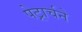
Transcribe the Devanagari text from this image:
पेट्रार्चने